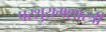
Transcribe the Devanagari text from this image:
परशुरामशास्त्री